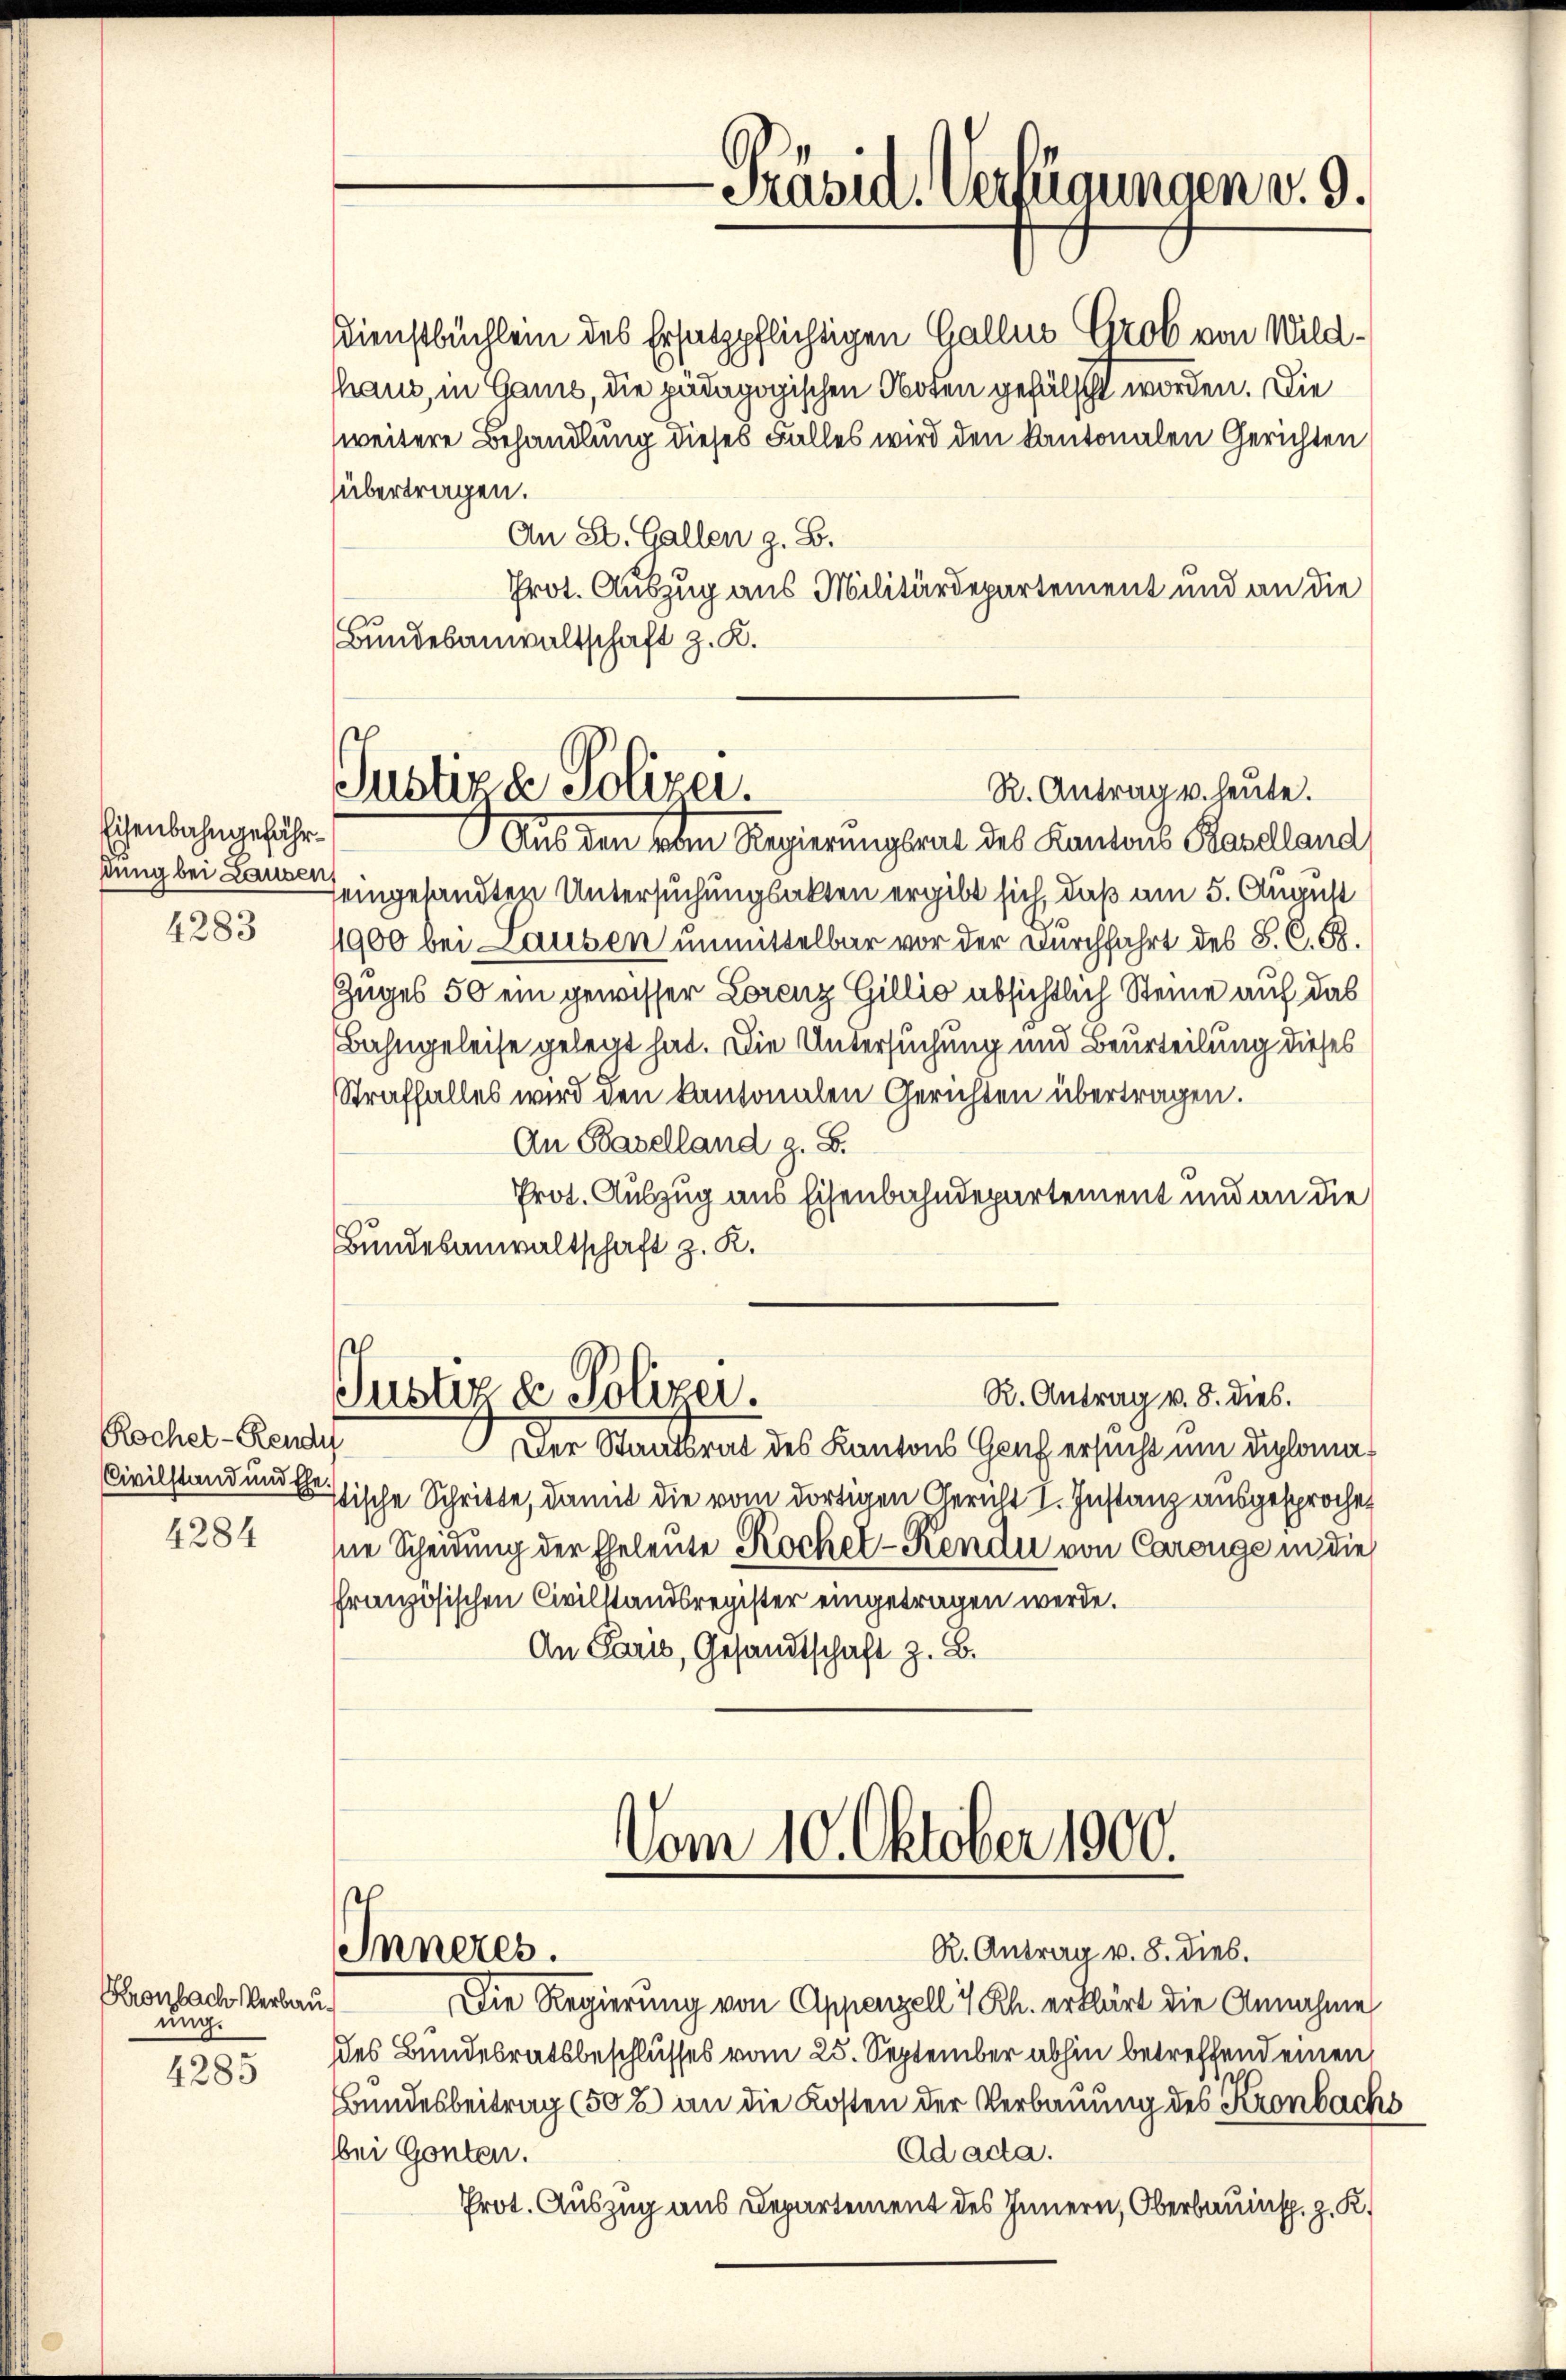
Eisenbahngefährßung bei Lausen,
4283

Rochet-Rendi
4284

Kronlach Verbauung.

4285

Dienstbüchlein des Ersatzpflichtigen Gallis Grob von Wildhhaus, in Gans, die pädagogischen Noten gefälscht worden. Die
weitere Behandlung dieses Falles wird den Kantonalen Gerichten
übertragen.
An St. Gallen z. B.
Prot. Auszug aus Militärdepartement und an die
Bundesanwaltschaft z. K.

-Präsid. Verfügungen v. 9.

Justiza Polizei.
R. Antrag u. heute.
Aus den vom Regierungsrat des Kantons Baselland

feingesandten Untersuchungsakten ergibt sich, daß am 5. August
1900 bei Lausen unmittelbar vor der Durchfahrt des S. C. B.
Zuges 50 ein gewisser Lorenz Gillio absichtlich Steine auf das
Bahngeleise gelegt hat. Die Untersuchung und Beurteilung dieses
Straffalles wird den kantonalen Gerichten übertragen.
An Baselland z. B.
Prot. Auszug aus Eisenbahndepartement und an die
Bundesanwaltschaft z. R.

Justiz & Polizei.
R. Antrag v. 8. dies.

Vom 10. Oktober 1900.
R. Antrag v. 8. Dieb.
Inneres.

Der Staatsrat des Kantons Genf ersucht um Diploma
Civilstand und assische Schritte, damit die vom dortigen Gericht I. Instanz ausgesprochesne Scheidung der Eheleute Kochel-Kendu von Carouge in die
ffranzösischen Civilstandsregister eingetragen werde.
An Paris, Gesandtschaft z. B.

Die Regierung von Appenzell I/Rh. erklärt die Annahme
des Bundesratsbeschlusses vom 25. September abhin betreffend einen
Bundesbeitrag (50% an die Kosten der Verbauung des Kronbachs
Ad acta.
bei Gonten.
Prot. Auszug aus Departement des Innern, Oberbauinsp. z. K.